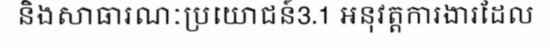
និងសាធារណៈប្រយោជន៍3.1 អនុវត្តការងារដែល